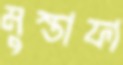
মুস্তাফা